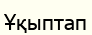
Ұқыптап